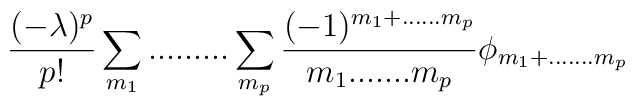
\frac{ ( -\lambda)^p}{p!} \sum_{m_1}.........\sum_{m_p} \frac{(-1)^{m_1+......m_p}}{ m_1.......m_p} \phi_{ m_1+.......m_p}